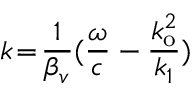
k \! = \! \frac { 1 } { \beta _ { v } } ( \frac { \omega } { c } - \frac { k _ { \mathrm { o } } ^ { 2 } } { k _ { 1 } } )